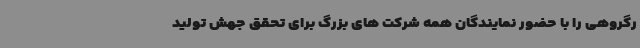
رگروهی را با حضور نمایندگان همه شرکت های بزرگ برای تحقق جهش تولید